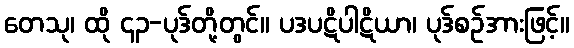
တေသု၊ ထို ၄၃-ပုဒ်တို့တွင်။ ပဒပဋိပါဋိယာ၊ ပုဒ်စဉ်အားဖြင့်။